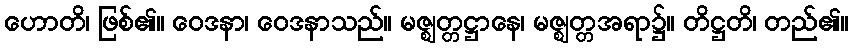
ဟောတိ၊ ဖြစ်၏။ ဝေဒနာ၊ ဝေဒနာသည်။ မဇ္ဈတ္တဋ္ဌာနေ၊ မဇ္ဈတ္တအရာ၌။ တိဋ္ဌတိ၊ တည်၏။